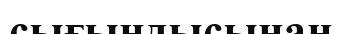
сығындысынан